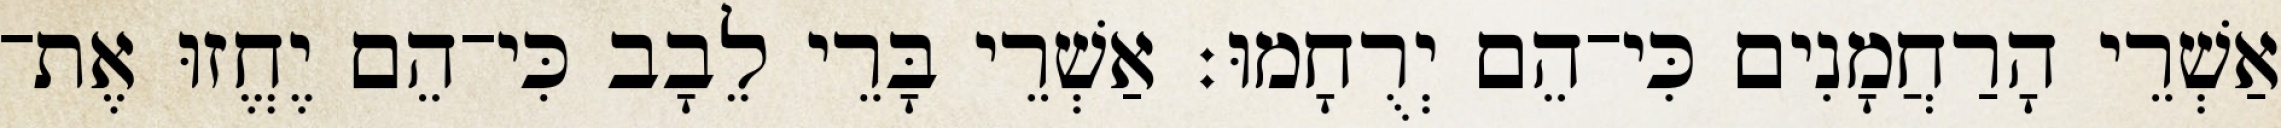
אַשְׁרֵי הָרַחֲמָנִים כִּי־הֵם יְרֻחָמוּ׃ אַשְׁרֵי בָּרֵי לֵבָב כִּי־הֵם יֶחֱזוּ אֶת־